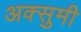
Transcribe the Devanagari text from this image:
अक्सुमी